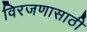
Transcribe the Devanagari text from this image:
विरजणासाठी